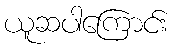
ယူဆပါကြောင်း